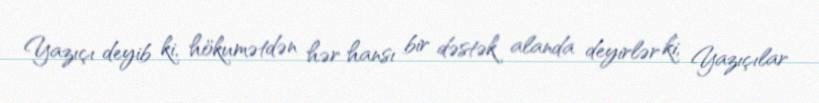
Yazıçı deyib ki, hökumətdən hər hansı bir dəstək alanda deyirlər ki, Yazıçılar